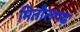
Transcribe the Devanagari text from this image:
मितौलगढ़